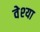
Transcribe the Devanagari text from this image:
वेश्‍या